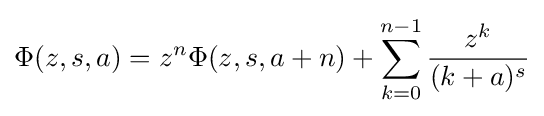
\Phi (z,s,a)=z^{n}\Phi (z,s,a+n)+\sum _{k=0}^{n-1}{\frac {z^{k}}{(k+a)^{s}}}